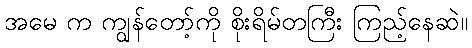
အမေ က ကျွန်တော့်ကို စိုးရိမ်တကြီး ကြည့်နေဆဲ။